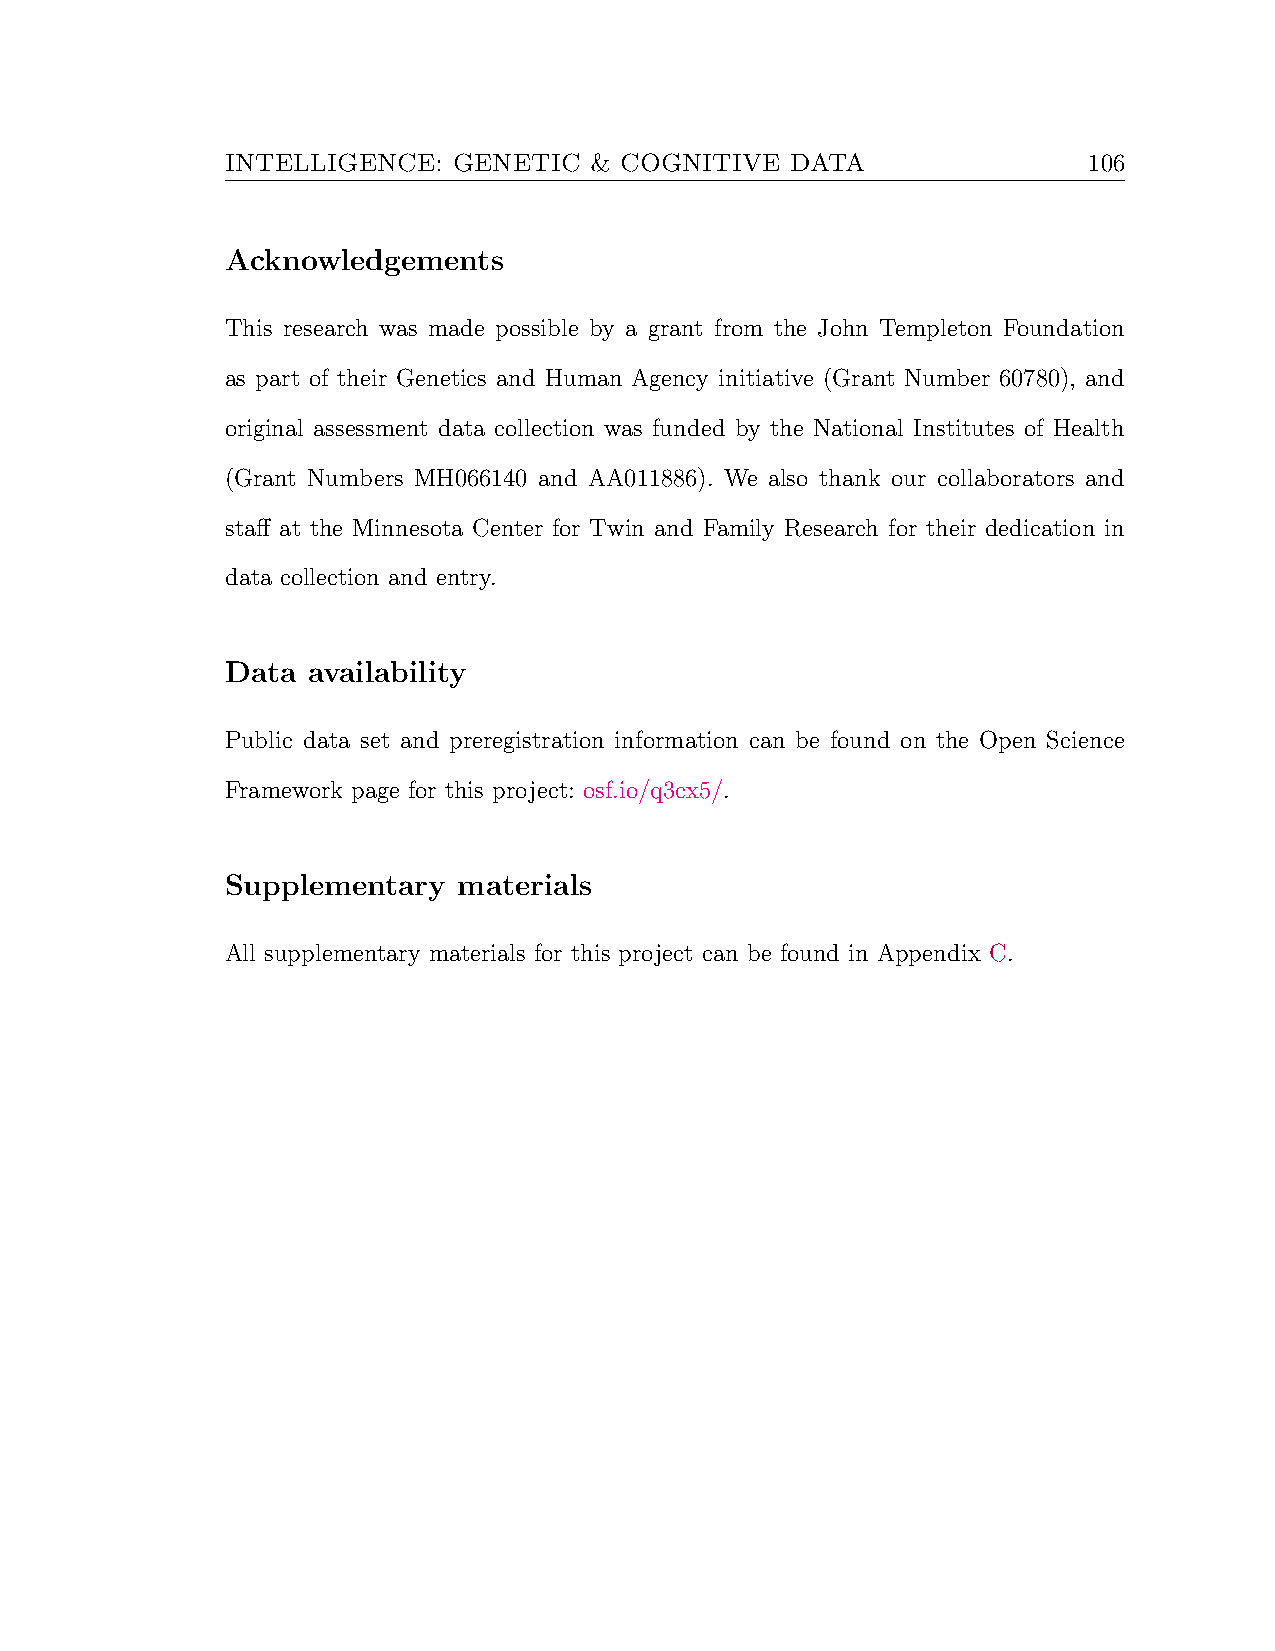
INTELLIGENCE:  GENETIC  & COGNITIVE  DATA                106
 Acknowledgements
 This research was made possible by a grant from the John Templeton Foundation
 as part of their Genetics and Human Agency initiative (Grant Number 60780), and
 original assessment data collection was funded by the National Institutes of Health
 (Grant Numbers MH066140 and AA011886). We also thank our collaborators and
 staff at the Minnesota Center for Twin and Family Research for their dedication in
 data collection and entry.
 Data availability
 Public data set and preregistration information can be found on the Open Science
 Framework page for this project: osf.io/q3cx5/.
 Supplementary  materials
 All supplementary materials for this project can be found in Appendix C.